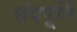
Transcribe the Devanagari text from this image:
छंदपूर्ति